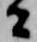
者